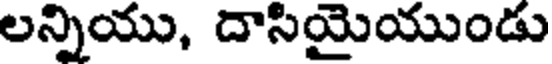
లన్నియు, దాసియైయుండు